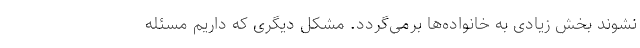
نشوند بخش زیادی به خانواده‌ها برمی‌گردد. مشکل دیگری که داریم مسئله